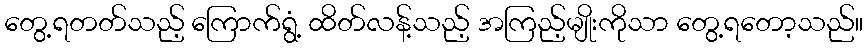
တွေ့ရတတ်သည့် ကြောက်ရွံ့ ထိတ်လန့်သည့် အကြည့်မျိုးကိုသာ တွေ့ရတော့သည်။